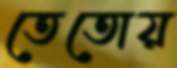
তেতোয়